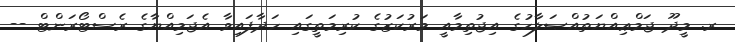
ރ. މީދޫ ޖަމްޢިއްޔަތުއްޞަލާހުގެ އިޖުތިމާއީ މަރުކަޒުގެ ކުރިމަތީގައި ހަދާފައިވާ އެޖަމިއްޔާގެ ރެސްޓޯރަންޓް --